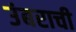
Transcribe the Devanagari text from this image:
उंबराची